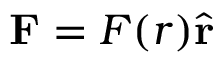
\mathbf { F } = F ( r ) { \hat { \mathbf { r } } }